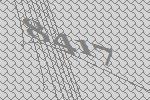
8417